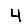
Digit: 4